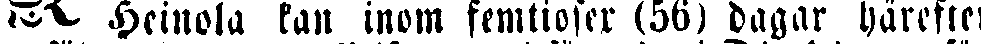
Heinola kan inom femtiosex (56) dagar härefter